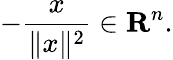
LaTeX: -{\frac{x}{\| x\| ^{2}}}\in\mathbf{R}^{n}.